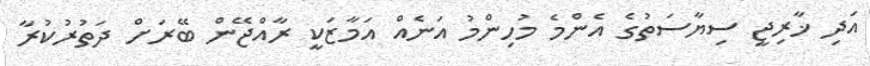
އަދި ޚާރިޖީ ސިޔާސަތުގެ އެންމެ މުހިންމު އަނެއް އަމާޒަކީ ރާއްޖޭން ބޭރަށް ދަތުރުކުރާ